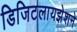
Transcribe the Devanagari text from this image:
डिजिटलायझेशने